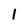
Character: 1